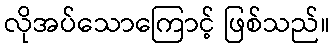
လိုအပ်သောကြောင့် ဖြစ်သည်။